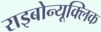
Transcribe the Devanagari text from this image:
राइबोन्यूक्लिक